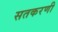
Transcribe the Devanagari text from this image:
सतकरणी